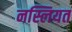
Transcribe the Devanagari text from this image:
नस्लियत